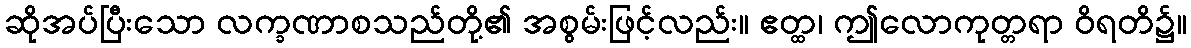
ဆိုအပ်ပြီးသော လက္ခဏာစသည်တို့၏ အစွမ်းဖြင့်လည်း။ ဧတ္ထ၊ ဤလောကုတ္တရာ ဝိရတိ၌။